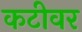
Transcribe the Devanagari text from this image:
कटीवर